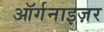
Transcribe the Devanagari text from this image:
ऑर्गनाइज़र